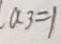
a 3 = 1